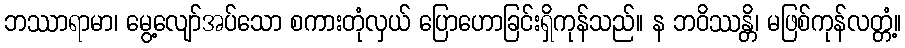
ဘဿာရာမာ၊ မွေ့လျော်အပ်သော စကားတုံလှယ် ပြောဟောခြင်းရှိကုန်သည်။ န ဘဝိဿန္တိ၊ မဖြစ်ကုန်လတ္တံ့။